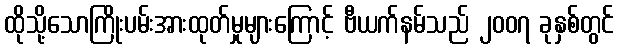
ထိုသို့သောကြိုးပမ်းအားထုတ်မှုများကြောင့် ဗီယက်နမ်သည် ၂၀၀၇ ခုနှစ်တွင်